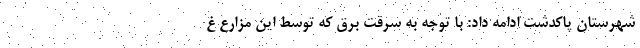
شهرستان پاکدشت ادامه داد: با توجه به سرقت برق که توسط این مزارع غ